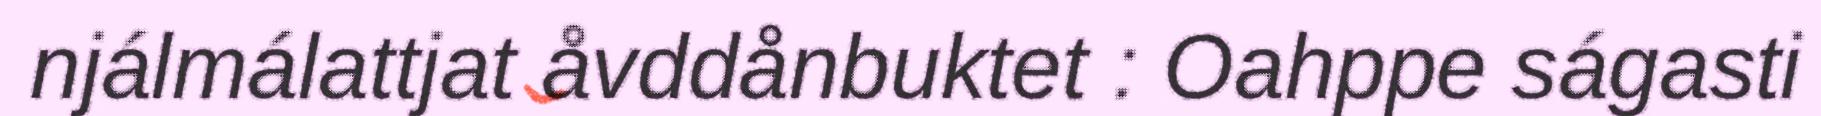
njálmálattjat åvddånbuktet : Oahppe ságasti